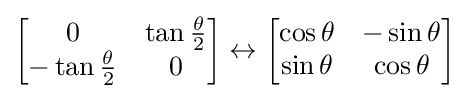
{\begin{bmatrix}0&\tan {\frac {\theta }{2}}\\-\tan {\frac {\theta }{2}}&0\end{bmatrix}}\leftrightarrow {\begin{bmatrix}\cos \theta &-\sin \theta \\\sin \theta &\cos \theta \end{bmatrix}}